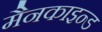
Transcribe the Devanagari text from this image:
मैनकाइन्ड